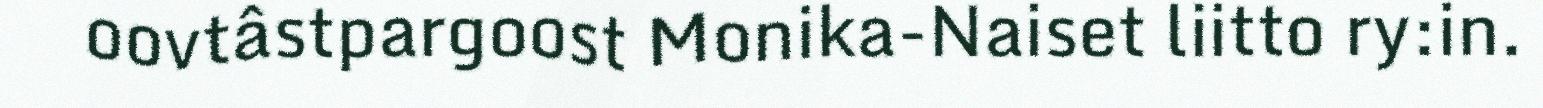
oovtâstpargoost Monika-Naiset liitto ry:in.